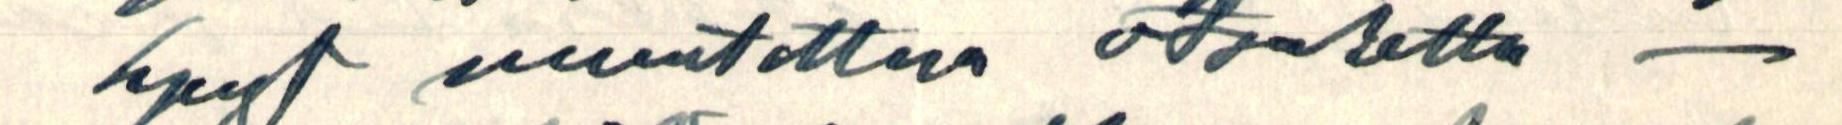
synyt muutettua otsaketta -